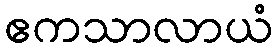
ဧကသာလာယံ